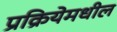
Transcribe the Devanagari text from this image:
प्रक्रियेमधील